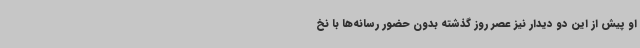
او پیش از این دو دیدار نیز عصر روز گذشته بدون حضور رسانه‌ها با نخ